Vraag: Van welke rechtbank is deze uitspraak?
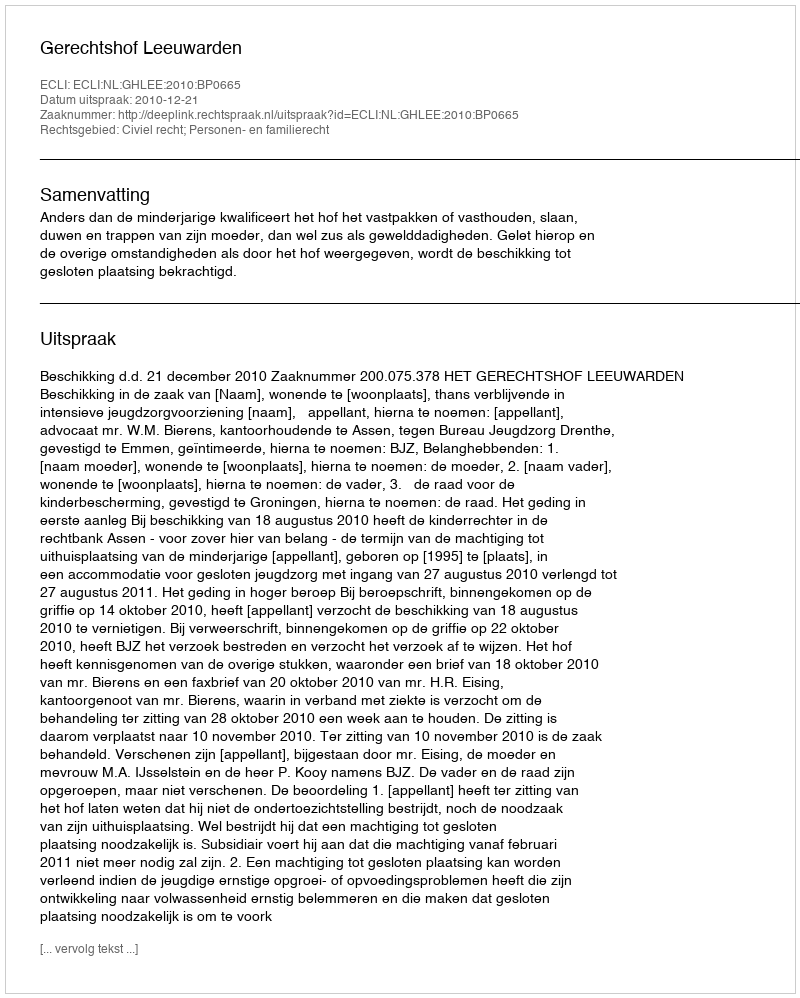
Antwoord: Gerechtshof Leeuwarden